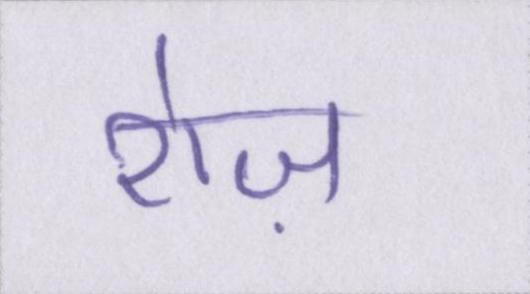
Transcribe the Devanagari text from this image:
रोज़